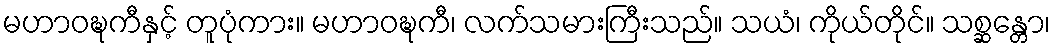
မဟာဝဍ္ဎကီနှင့် တူပုံကား။ မဟာဝဍ္ဎကီ၊ လက်သမားကြီးသည်။ သယံ၊ ကိုယ်တိုင်။ သစ္ဆန္တော၊